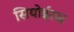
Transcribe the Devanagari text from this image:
सियोईरस